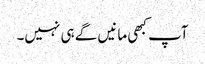
آپ کبھی مانیں گے ہی نہیں۔